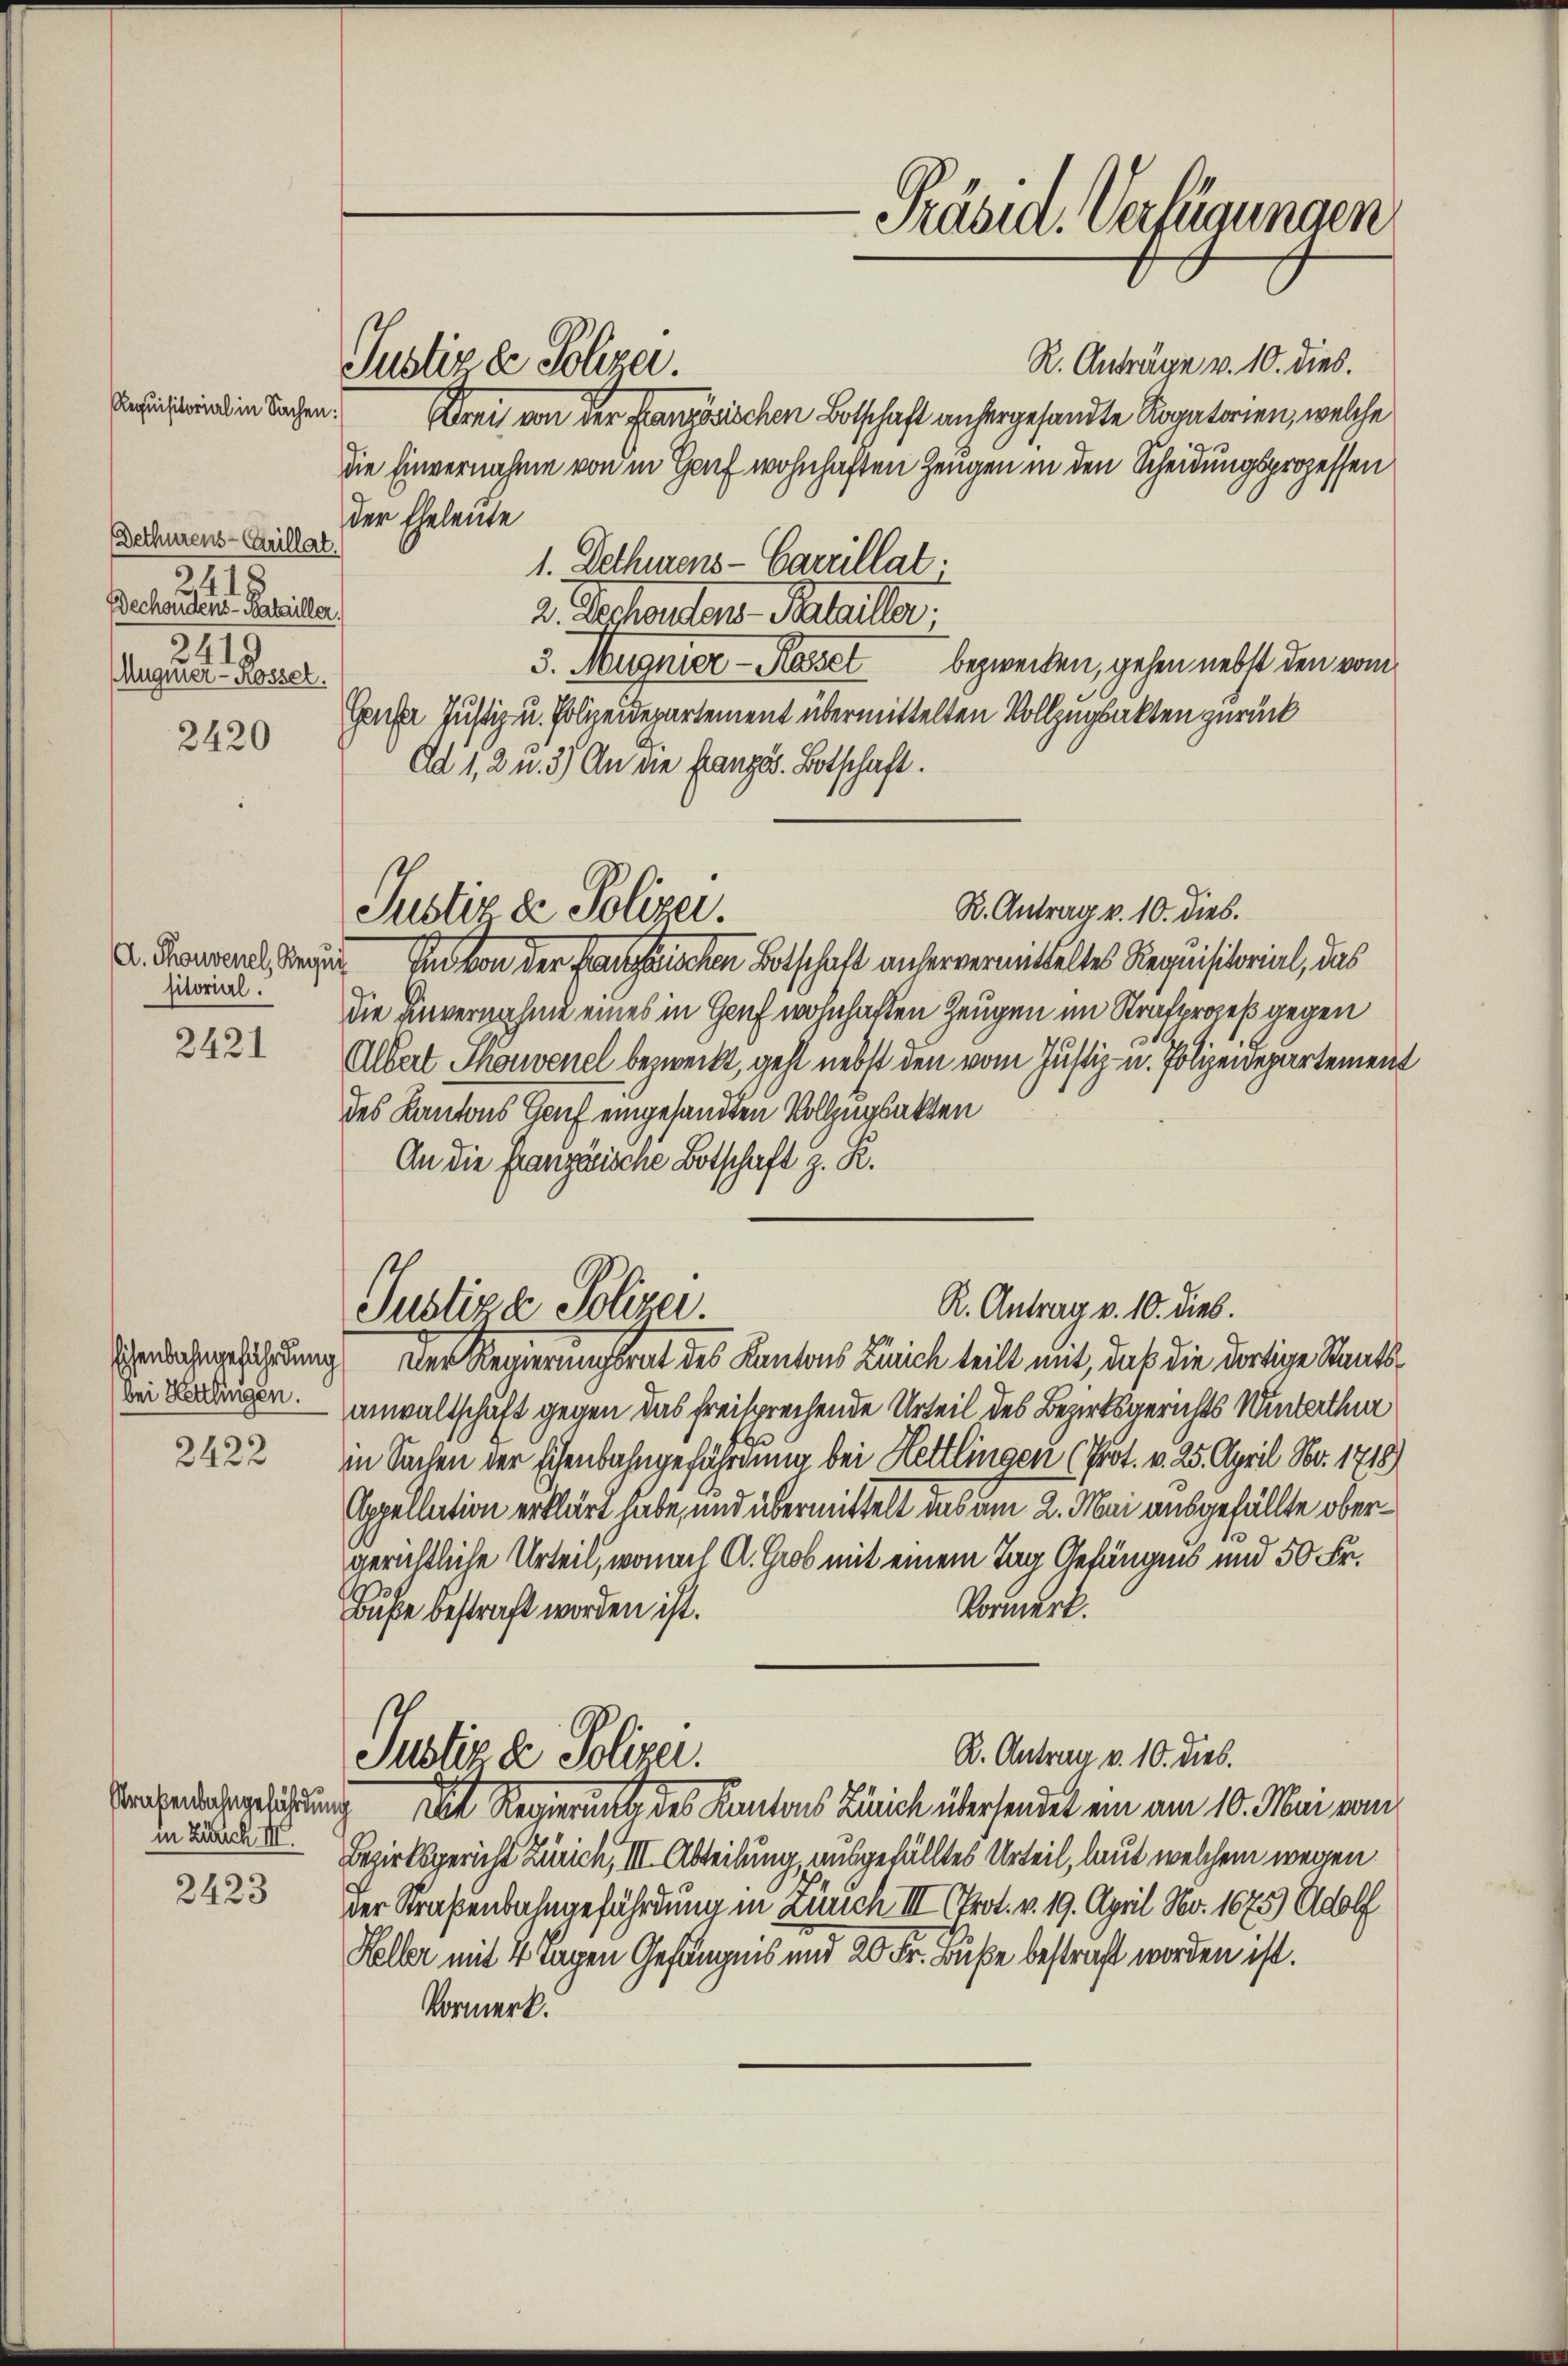
Requisitorial in Sachen:
Bethürens-Crillat.
241.
Bechendens-Batailler.
2419.
Auquier - Rossel.

2420

A. Thonvenel, Requi
sitorial.

2421

2422

in Zusch III.

2423

R. Anträge v. 10. dies.
Drei von der französischen Botschaft anhergesandte Rogatorien, welche
die Einvernahme von in Hof wohnhaften Zeugen in den Scheidungsprozessen
der Eheleute
1. Dethürens - Carrillat
2. Rechantens Patriller.
3. Magnier - Rossel bezwecken, gehen nebst den vom
Gaus Justiz- u. Polizeidepartement übermittelten Vollzugsakten zurück
Ad 12 u. 3) An die französ. Botschaft.
R. Antrag v. 10. dies.
Justiz & Polizei.
An von der franzischen Botschaft anservermitteltes Requisitorial, das
die Einvernahme eines in Genf wohnhaften Zeugen im Strafprozeß gegen
Albert Thonvenel bezweckt, geht nebst den vom Justiz- u. Polizeidepartement
des Kantons Genf eingesandten Vollzugsakten
An die Französische Botschaft z. R.

Justiz ze Polizer.

R. Antrag v. 10. dies.
Justiza Polizei.

Präsia. Verfügungen

enbahngeführung Der Regierungsrat des Kantons Zürich teilt mit, daß die dortige Staats¬
Bei den Anwaltschaft gegen das freisprechende Urteil des Bezirksgerichts Winterthur
in Sachen der Eisenbahngefährdung bei Hettlingen (Prot. v. 25. April No. 1718)
Appellation erklärt habe, und übermittelt das am 2. Mai ausgefällte obergerichtliche Urteil, wonach A. Grob mit einem Tag Gefängnis und 50 Fr.
Vormerk.
Buße bestraft worden ist.
R. Antrag v. 10. Dieb.
Justiz & Polizei.
Strafenachgeführung hat Regierung des Kantons Zürich übersendet ein am 10. Mai vom
Bezirksgericht Zürich, III. Abteilung, ausgefälltes Urteil, laut welchem wegen
Der Straßenbahngefährdung in Zürich III Prot. v. 19. April No. 1675) Adolf
Kelber mit 4 Tagen Gefängnis und 20 Fr. Buße bestraft worden ist.
Vormerk.